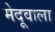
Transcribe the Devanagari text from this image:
मेदूवाला